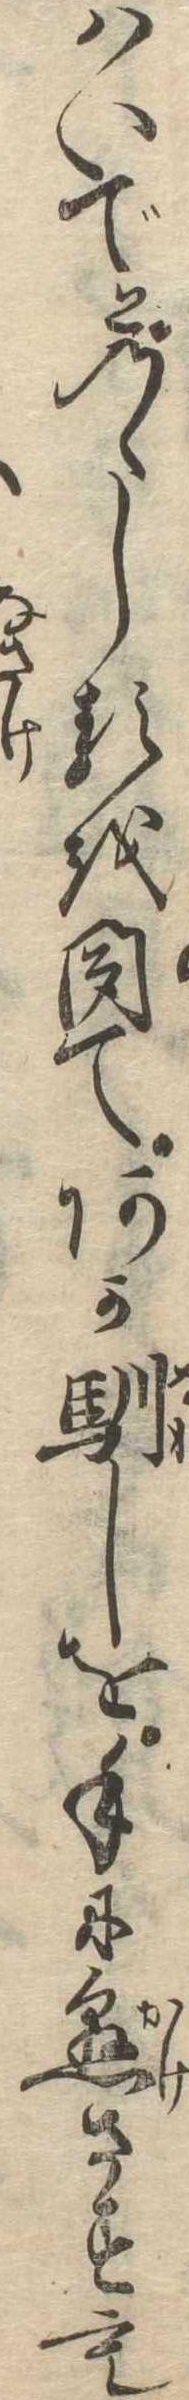
はいでとのゝしるを聞てあか馴しを手に懸さすも